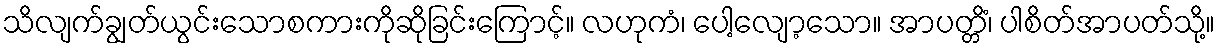
သိလျက်ချွတ်ယွင်းသောစကားကိုဆိုခြင်းကြောင့်။ လဟုကံ၊ ပေါ့လျော့သော။ အာပတ္တိံ၊ ပါစိတ်အာပတ်သို့။